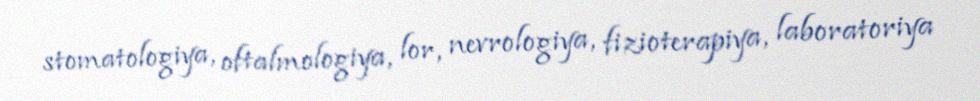
stomatologiya, oftalmologiya, lor, nevrologiya, fizioterapiya, laboratoriya